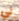
لي